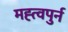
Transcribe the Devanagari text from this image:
मह्त्वपुर्न